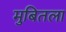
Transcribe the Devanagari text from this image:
मुबितला